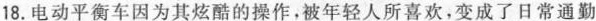
18.电动平衡车因为其炫酷的操作，被年轻人所喜欢，变成了日常通勤